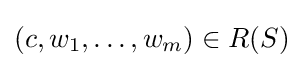
(c,w_{1},\dots ,w_{m})\in R(S)